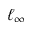
\ell _ { \infty }